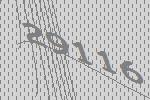
29116